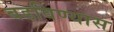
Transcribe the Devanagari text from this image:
बडविण्यास